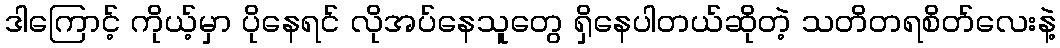
ဒါကြောင့် ကိုယ့်မှာ ပိုနေရင် လိုအပ်နေသူတွေ ရှိနေပါတယ်ဆိုတဲ့ သတိတရစိတ်လေးနဲ့